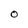
Character: O